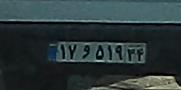
۱۷و۵۱۹۳۴